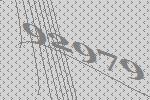
92979